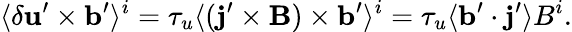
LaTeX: \langle{\delta{\mathbf{u}}^{\prime}\times{\mathbf{b}}^{\prime}}\rangle^{i}=\tau_{u}\langle{({\mathbf{j}}^{\prime}\times{\mathbf{B}})\times{\mathbf{b}}^{\prime}}\rangle^{i}=\tau_{u}\langle{{\mathbf{b}}^{\prime}\cdot{\mathbf{j}}^{\prime}}\rangle B^{i}.